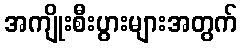
အကျိုးစီးပွားများအတွက်